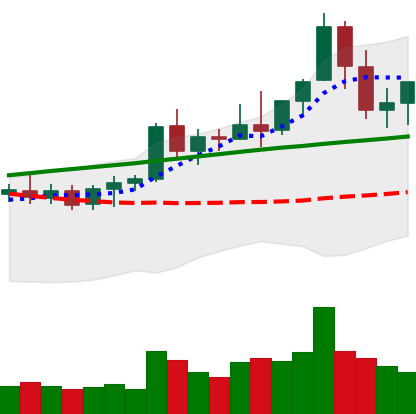
Ticker: ETC-USD
Chart end date: 2021-08-19
Forward return: -6.1%
Label: down_5_7